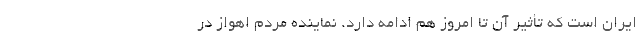
ایران است که تأثیر آن تا امروز هم ادامه دارد. نماینده مردم اهواز در